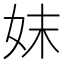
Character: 妺